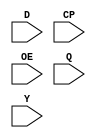
`timescale 1ns / 1ps
//////////////////////////////////////////////////////////////////////////////////
// Module Name:  Am2918 - Quad D Register with Standard and Three-State Outputs
// Project Name: Am2900 Family
// Description:  From The Am2900 Family Data Book:
//   "The Am2918 consists of four D-type flip-flops with a buffered common clock.
//   Information meeting the setup and hold requirements on the D inputs is
//   transferred to the Q outputs on the LOW-to-HIGH transition of the clock.
//
//   The same data as on the Q outputs is enabled at the three-state Y outputs
//   when the 'output-control' (/OE) input is LOW. When the /OE input is HIGH, the
//   Y outputs are in the high-impendance state."
// Dependencies: N/A
//////////////////////////////////////////////////////////////////////////////////


module Am2918(
    input [3:0] D,  // Data Inputs
    input CP,       // Common Clock
    input OE,       // Output Control
    input [3:0] Q,  // Standard Outputs
    input [3:0] Y   // Three-State Outputs
    );

    reg [3:0] storage;
 
    always @ (posedge CP) storage <= D;

    assign Q = storage;
    assign Y = ~OE ? storage : 4'bzzzz;

endmodule